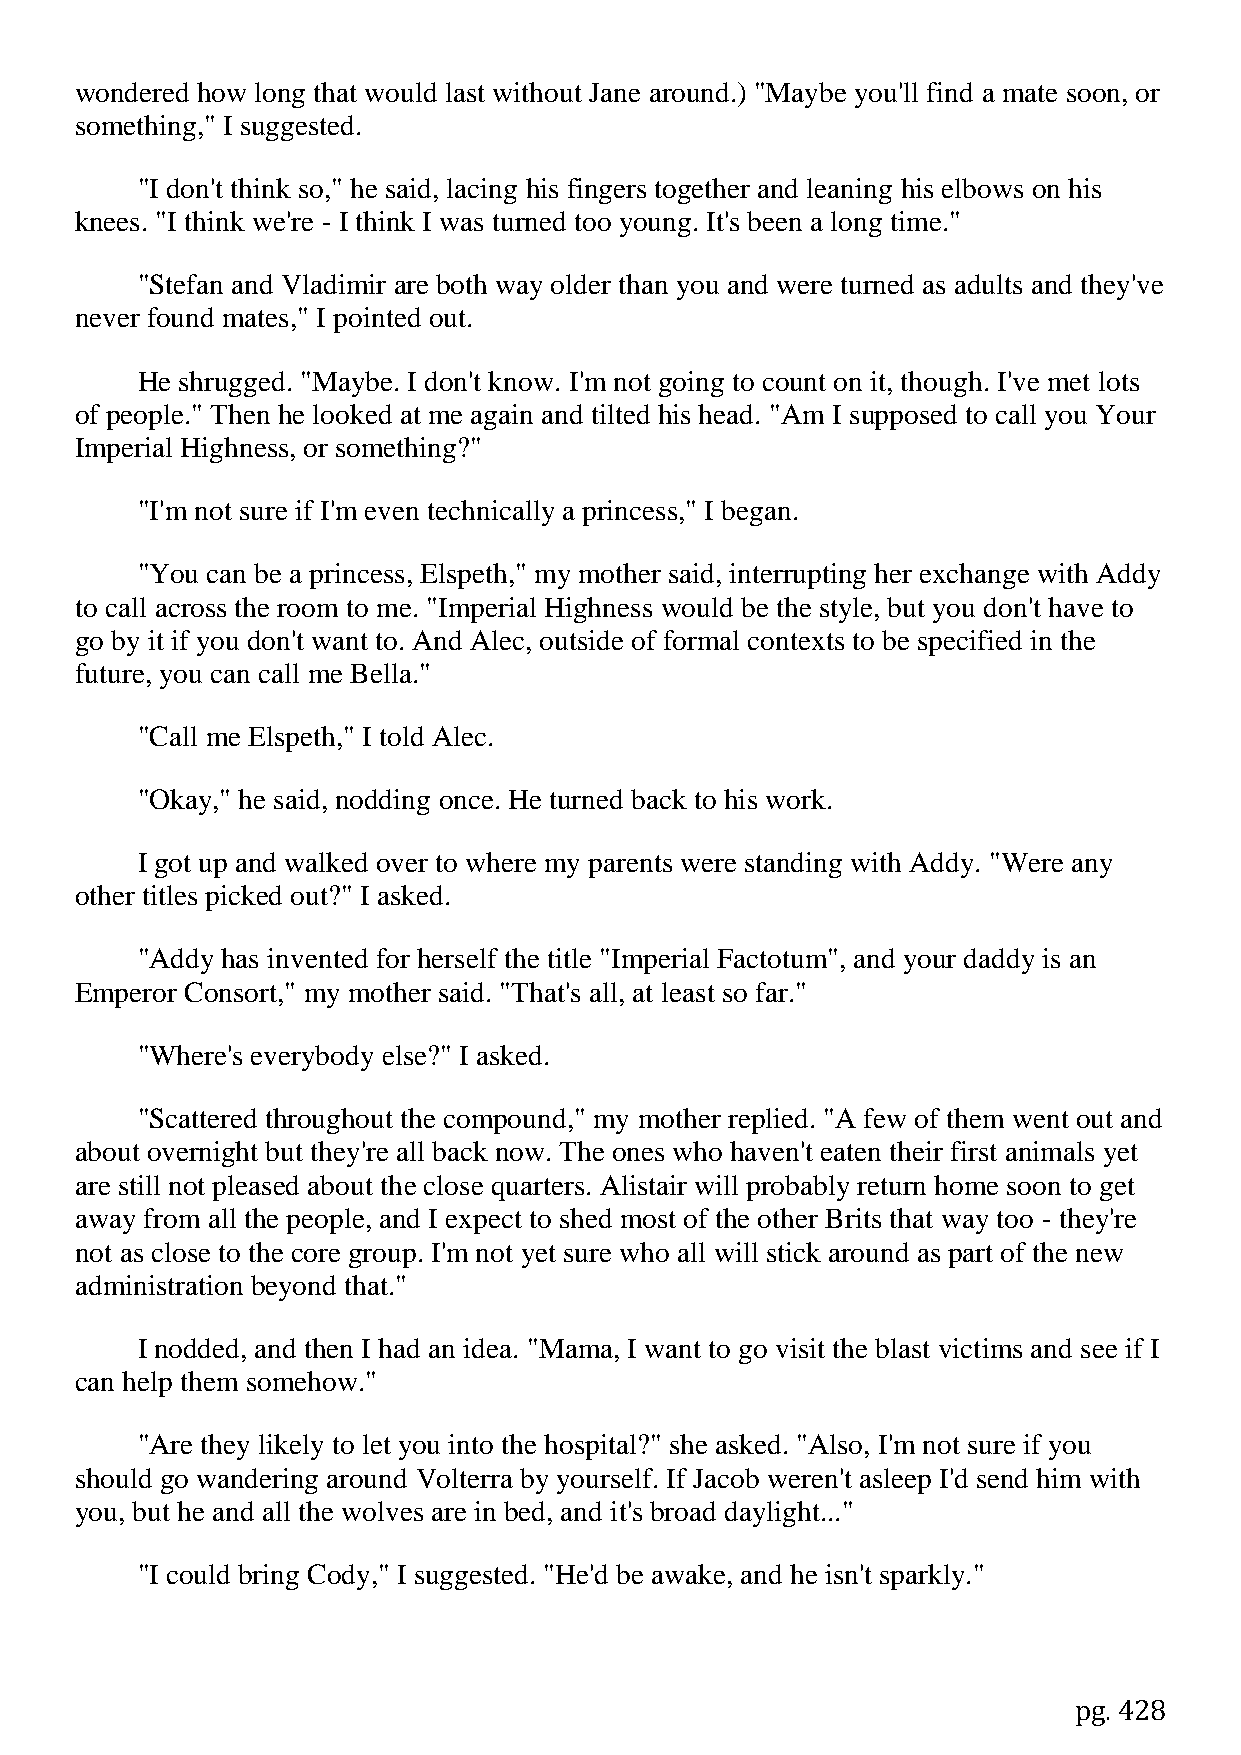
wondered how long that would last without Jane around.) "Maybe you'll find a mate soon, or
 something," I suggested.
 "I don't think so," he said, lacing his fingers together and leaning his elbows on his
 knees. "I think we're - I think I was turned too young. It's been a long time."
 "Stefan and Vladimir are both way older than you and were turned as adults and they've
 never found mates," I pointed out.
 He shrugged. "Maybe. I don't know. I'm not going to count on it, though. I've met lots
 of people." Then he looked at me again and tilted his head. "Am I supposed to call you Your
 Imperial Highness, or something?"
 "I'm not sure if I'm even technically a princess," I began.
 "You can be a princess, Elspeth," my mother said, interrupting her exchange with Addy
 to call across the room to me. "Imperial Highness would be the style, but you don't have to
 go by it if you don't want to. And Alec, outside of formal contexts to be specified in the
 future, you can call me Bella."
 "Call me Elspeth," I told Alec.
 "Okay," he said, nodding once. He turned back to his work.
 I got up and walked over to where my parents were standing with Addy. "Were any
 other titles picked out?" I asked.
 "Addy has invented for herself the title "Imperial Factotum", and your daddy is an
 Emperor Consort," my mother said. "That's all, at least so far."
 "Where's everybody else?" I asked.
 "Scattered throughout the compound," my mother replied. "A few of them went out and
 about overnight but they're all back now. The ones who haven't eaten their first animals yet
 are still not pleased about the close quarters. Alistair will probably return home soon to get
 away from all the people, and I expect to shed most of the other Brits that way too - they're
 not as close to the core group. I'm not yet sure who all will stick around as part of the new
 administration beyond that."
 I nodded, and then I had an idea. "Mama, I want to go visit the blast victims and see if I
 can help them somehow."
 "Are they likely to let you into the hospital?" she asked. "Also, I'm not sure if you
 should go wandering around Volterra by yourself. If Jacob weren't asleep I'd send him with
 you, but he and all the wolves are in bed, and it's broad daylight..."
 "I could bring Cody," I suggested. "He'd be awake, and he isn't sparkly."
 pg. 428